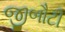
જીબૌટી